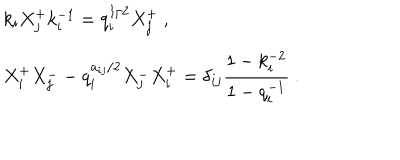
\begin{array} { r c l } { { } } & { { } } & { { k _ { i } X _ { j } ^ { + } k _ { i } ^ { - 1 } = q _ { i } ^ { 1 / 2 } X _ { j } ^ { + } ~ , } } \\ { { } } & { { } } & { { X _ { i } ^ { + } X _ { j } ^ { - } - q _ { i } ^ { a _ { i j } / 2 } X _ { j } ^ { - } X _ { i } ^ { + } = \delta _ { i j } \displaystyle \frac { 1 - k _ { i } ^ { - 2 } } { 1 - q _ { i } ^ { - 1 } } ~ . } } \\ \end{array}